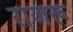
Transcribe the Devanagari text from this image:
राजरू